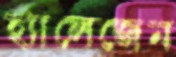
হ্যালেজেন